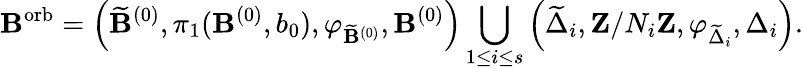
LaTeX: {\mathbf B}^{\mathrm{orb}}=\left(\widetilde{{\mathbf B}}^{(0)},\pi_{1}({\mathbf B}^{(0)},b_{0}),\varphi_{\widetilde{{\mathbf B}}^{(0)}},{\mathbf B}^{(0)}\right)\bigcup_{1\leq i\leq s}\left(\widetilde{\Delta}_{i},{\mathbf Z}/N_{i}{\mathbf Z},\varphi_{\widetilde{\Delta}_{i}},\Delta_{i}\right).